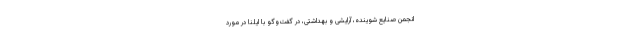
انجمن صنایع شوینده، آرایشی و بهداشتی، در گفت‌وگو با ایلنا در مورد